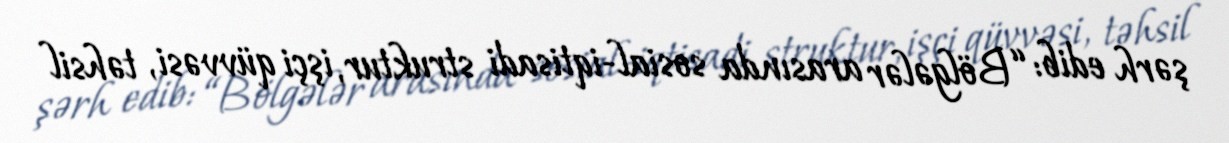
şərh edib: “Bölgələr arasında sosial-iqtisadi struktur, işçi qüvvəsi, təhsil